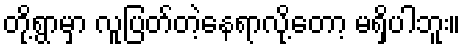
တို့ရွာမှာ လူပြတ်တဲ့နေရာလို့တော့ မရှိပါဘူး။